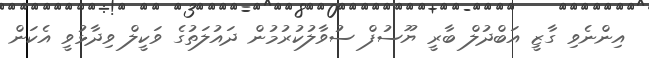
އިންނެވި ގާޒީ އަބްދުލް ބާރީ ޔޫސުފް ސުވާލުކުރުމުން ދައުލަތުގެ ވަކީލް ވިދާޅުވީ އެކަން